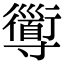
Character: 𡭑